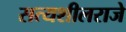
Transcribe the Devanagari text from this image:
सत्यशीलराजे